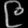
Digit: ၉